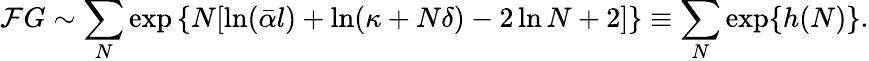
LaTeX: {\cal F}G\sim\sum_{N}\exp\left\{ N[\ln(\bar{\alpha}l)+\ln(\kappa+N\delta)-2\ln N+2]\right\} \equiv\sum_{N}\exp\{ h(N)\} .